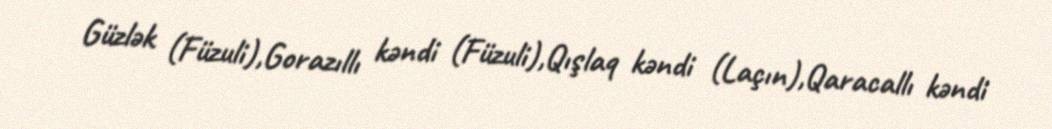
Güzlək (Füzuli),Gorazıllı kəndi (Füzuli),Qışlaq kəndi (Laçın),Qaracallı kəndi